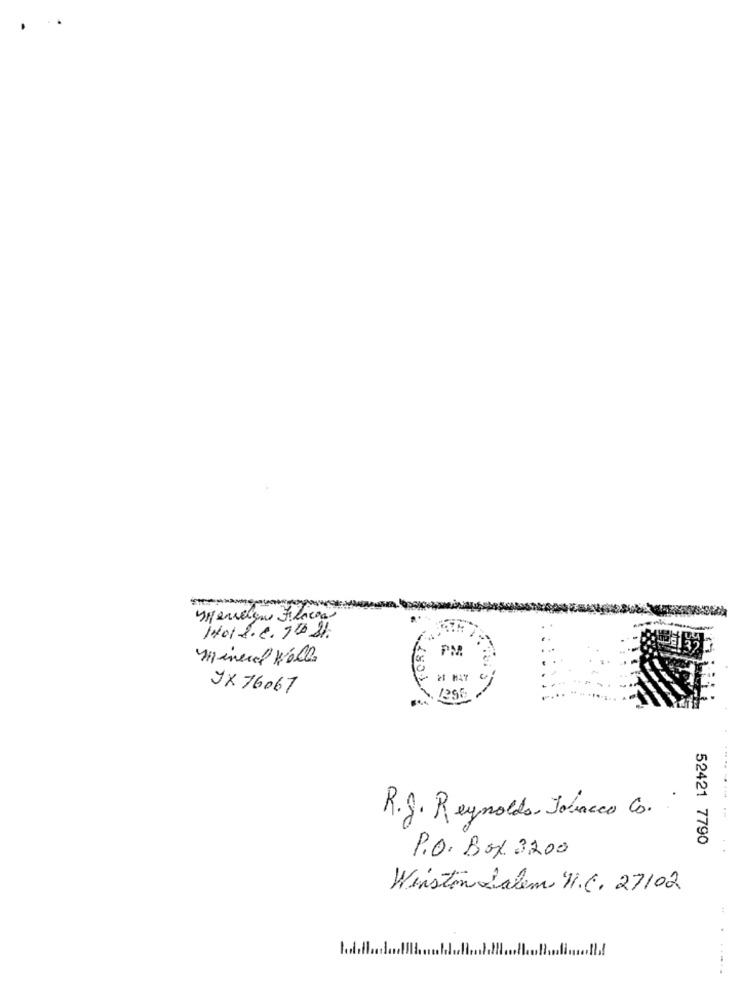
ypenseligne Filecon
1401-2.6. 1 10.8%.
PN
Mineral Wolle
21 HAT
yX 76067
1296
R.J. Reynolds, Tobacco C.
----- --
52421 7790
P.O. Box 3200
Winston Salem U.C. 27102
......
...